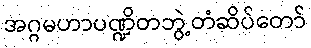
အဂ္ဂမဟာပဏ္ဍိတဘွဲ့တံဆိပ်တော်